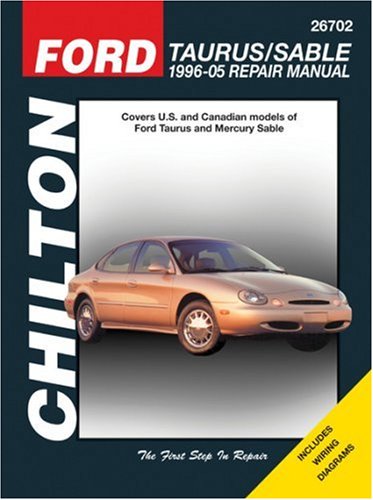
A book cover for Ford Taurus/Sable, 1996-05 Repair Manual (Chilton Total Car Care Series Manuals); Chilton; Engineering & Transportation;